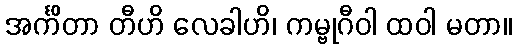
အင်္ကိတာ တီဟိ လေခါဟိ၊ ကမ္ဗုဂီဝါ ထဝါ မတာ။